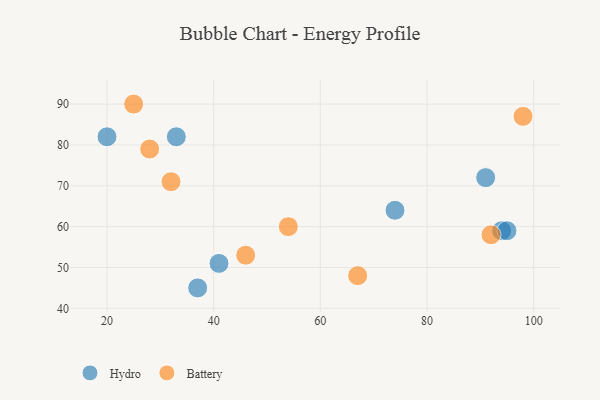
{"axis": {"x": "GDP", "y": "Life Expectancy"}, "legend": ["Battery", "Hydro"], "data": [{"x": "41", "y": 51, "type": "Hydro"}, {"x": "94", "y": 59, "type": "Hydro"}, {"x": "37", "y": 45, "type": "Hydro"}, {"x": "20", "y": 82, "type": "Hydro"}, {"x": "33", "y": 82, "type": "Hydro"}, {"x": "91", "y": 72, "type": "Hydro"}, {"x": "95", "y": 59, "type": "Hydro"}, {"x": "74", "y": 64, "type": "Hydro"}, {"x": "32", "y": 71, "type": "Battery"}, {"x": "46", "y": 53, "type": "Battery"}, {"x": "67", "y": 48, "type": "Battery"}, {"x": "28", "y": 79, "type": "Battery"}, {"x": "92", "y": 58, "type": "Battery"}, {"x": "98", "y": 87, "type": "Battery"}, {"x": "54", "y": 60, "type": "Battery"}, {"x": "25", "y": 90, "type": "Battery"}]}